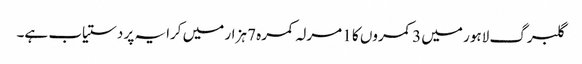
گلبرگ لاہور میں 3 کمروں کا 1 مرلہ کمرہ 7 ہزار میں کرایہ پر دستیاب ہے۔